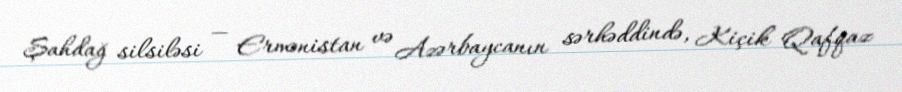
Şahdağ silsiləsi — Ermənistan və Azərbaycanın sərhəddində, Kiçik Qafqaz